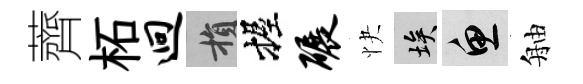
薺柘迥損握碾快埃魚舳